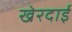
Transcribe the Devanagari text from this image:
खेरदाई